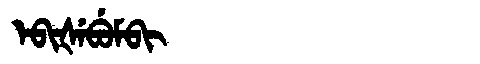
Manchu: ᡝᠪᡳᡧᡝᠪᡠᠮᠪᡳ
Romanization: EBIŠEBUMBI